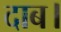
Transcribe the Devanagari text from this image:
दाब।